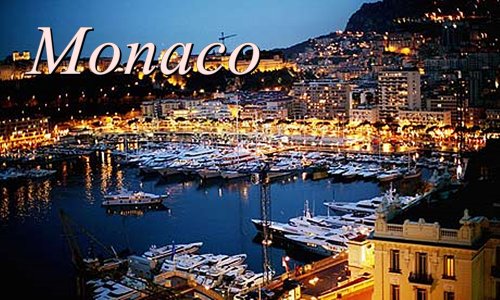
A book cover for Monaco, Monte Carlo - Travelouge (Europe travelouge); Ivan LekiÄE; Travel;